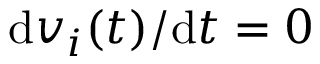
\mathrm { d } v _ { i } ( t ) / \mathrm { d } t = 0